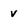
Character: v